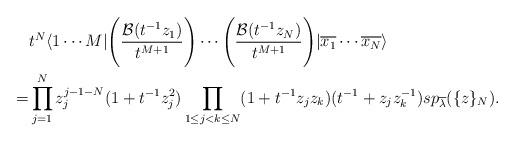
LaTeX: \begin{align*}&t^N\langle 1 \cdots M|\Bigg(\frac{\mathcal{B}(t^{-1}z_1)}{t^{M+1}}\Bigg) \cdots\Bigg(\frac{\mathcal{B}(t^{-1}z_N)}{t^{M+1}} \Bigg)| \overline{x_1} \cdots \overline{x_N}\rangle \\=&\prod_{j=1}^N z_j^{j-1-N}(1+t^{-1}z_j^2)\prod_{1 \le j<k \le N}(1+t^{-1}z_j z_k)(t^{-1}+z_j z_k^{-1})sp_{\overline{\lambda}} ( \{ z \}_N ).\end{align*}